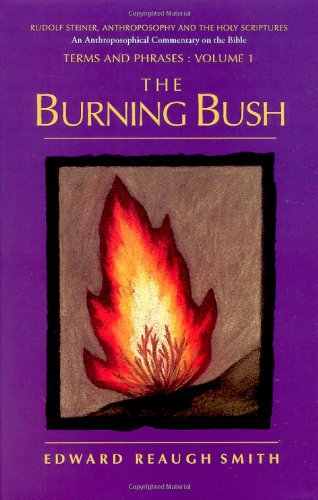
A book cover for The Burning Bush : Rudolf Steiner, Anthroposophy and the Holy Scriptures : Terms & Phrases; Edward Reaugh Smith; Religion & Spirituality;